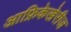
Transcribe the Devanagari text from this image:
आफ्रिकेखेरीज